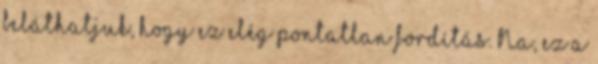
beláthatjuk, hogy ez elég pontatlan fordítás. Na, ez a